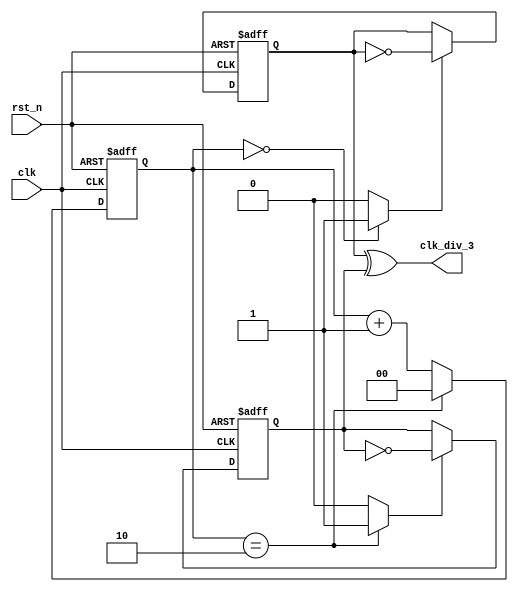
module clk_div_3 (
	input clk,
	input rst_n,
	output clk_div_3
);

	reg [1:0] cnt;

	reg tff1_en;
	reg tff2_en;

	always @(posedge clk or negedge rst_n) begin 
		if (!rst_n) begin 
			cnt <= 2'd0;
		end
		else if (cnt == 2'd2) begin
			cnt <= 2'd0;
		end
		else
			cnt <= cnt + 1'b1;
	end

	always @(cnt) begin 
		if (cnt == 2'd0)
			tff1_en = 1'b1;
		else
			tff1_en = 1'b0;
	end
	
	always @(cnt) begin 
		if (cnt == 2'd2)
			tff2_en = 1'b1;
		else
			tff2_en = 1'b0;
	end


	reg tff1;
	reg tff2;

	always @(posedge clk or negedge rst_n) begin 
		if (!rst_n)
			tff1 <= 1'b0;
		else if (tff1_en)
			tff1 <= ~tff1;
		else
			tff1 <= tff1;
	end

	always @(negedge clk or negedge rst_n) begin 
		if (!rst_n)
			tff2 <= 1'b0;
		else if (tff2_en)
			tff2 <= ~tff2;
		else
			tff2 <= tff2;
	end

	assign clk_div_3 = tff1 ^ tff2;
	
endmodule // clk_div_3